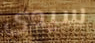
سيدي